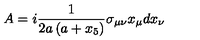
A = i \frac { 1 } { 2 a \left( a + x _ { 5 } \right) } \sigma _ { \mu \nu } x _ { \mu } d x _ { \nu }